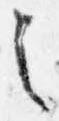
之